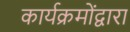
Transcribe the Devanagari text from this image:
कार्यक्रमोंद्वारा